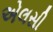
એલસી